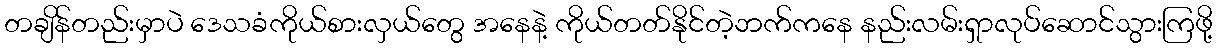
တချိန်တည်းမှာပဲ ဒေသခံကိုယ်စားလှယ်တွေ အနေနဲ့ ကိုယ်တတ်နိုင်တဲ့ဘက်ကနေ နည်းလမ်းရှာလုပ်ဆောင်သွားကြဖို့